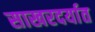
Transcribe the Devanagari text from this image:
साखरदर्यात